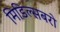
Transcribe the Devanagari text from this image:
मिडिल्सबरो